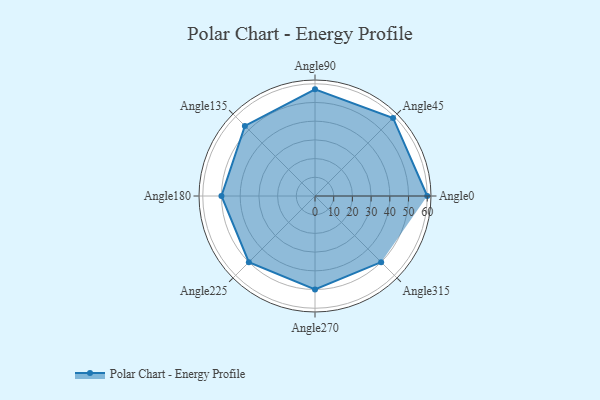
{"axis": {"x": "Angle", "y": "Radius"}, "legend": [""], "data": [{"x": "Angle0", "y": 60.0, "type": ""}, {"x": "Angle45", "y": 59.0, "type": ""}, {"x": "Angle90", "y": 57.0, "type": ""}, {"x": "Angle135", "y": 53.0, "type": ""}, {"x": "Angle180", "y": 50, "type": ""}, {"x": "Angle225", "y": 50, "type": ""}, {"x": "Angle270", "y": 50, "type": ""}, {"x": "Angle315", "y": 50, "type": ""}]}